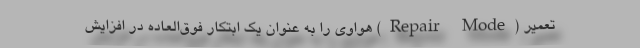
تعمیر (Repair Mode) هواوی را به عنوان یک ابتکار فوق‌العاده در افزایش